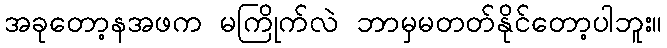
အခုတော့နအဖက မကြိုက်လဲ ဘာမှမတတ်နိုင်တော့ပါဘူး။